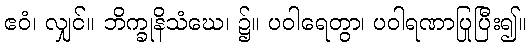
ဧဝံ၊ လျှင်။ ဘိက္ခုနိသံဃေ၊ ၌။ ပဝါရေတွာ၊ ပဝါရဏာပြုပြီး၍။